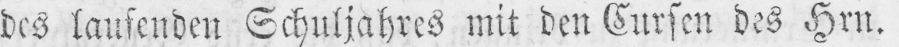
des laufenden Schuljahres mit den Cursen des Hrn.